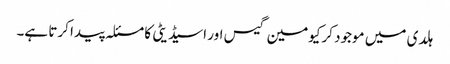
ہلدی میں موجود کرکیومین گیس اور اسیڈیٹی کا مسئلہ پیدا کرتا ہے۔